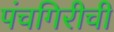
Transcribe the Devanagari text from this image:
पंचगिरीची